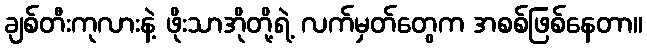
ချစ်တီးကုလားနဲ့ ဖိုးသာအိုတို့ရဲ့ လက်မှတ်တွေက အစစ်ဖြစ်နေတာ။